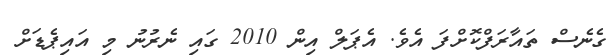
ގެނެސް ތައާރަފްކޮށްފަ އެވެ. އެޕަލް އިން 2010 ގައި ނެރުނު މި އައިޕެޑަށް